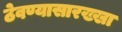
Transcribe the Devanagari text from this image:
ठेवण्यासारख्खा